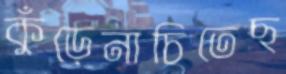
কুঁড়েনাচিতেছ